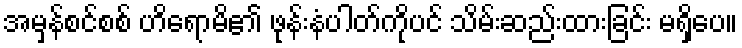
အမှန်စင်စစ် ဟိရောမိ၏ ဖုန်းနံပါတ်ကိုပင် သိမ်းဆည်းထားခြင်း မရှိပေ။